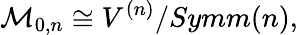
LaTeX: {\cal M}_{0,n}\cong V^{(n)}/{Symm}(n),